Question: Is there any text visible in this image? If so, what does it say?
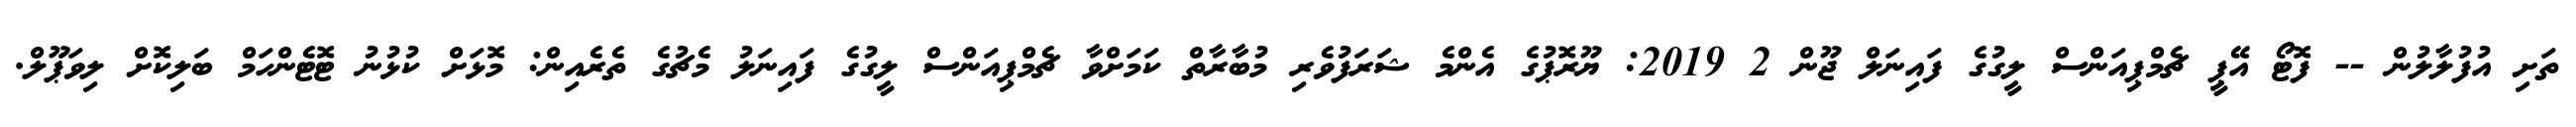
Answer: ތަށި އުފުލާލުން -- ފޮޓޯ އޭޕީ ޗެމްޕިއަންސް ލީގުގެ ފައިނަލް ޖޫން 2 2019: ޔޫރޮޕުގެ އެންމެ ޝަރަފުވެރި މުބާރާތް ކަމަށްވާ ޗެމްޕިއަންސް ލީގުގެ ފައިނަލު މެޗުގެ ތެރެއިން: މޮޅަށް ކުޅުނު ޓޮޓެންހަމް ބަލިކޮށް ލިވަޕޫލް.